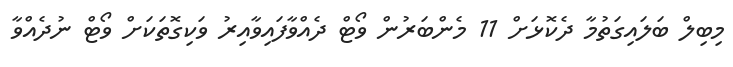
މިބިލް ބަލައިގަތުމާ ދެކޮޅަށް 11 މެންބަރުން ވޯޓް ދެއްވާފައިވާއިރު ވަކިގޮތަކަށް ވޯޓް ނުދެއްވާ